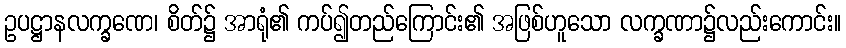
ဥပဋ္ဌာနလက္ခဏေ၊ စိတ်၌ အာရုံ၏ ကပ်၍တည်ကြောင်း၏ အဖြစ်ဟူသော လက္ခဏာ၌လည်းကောင်း။